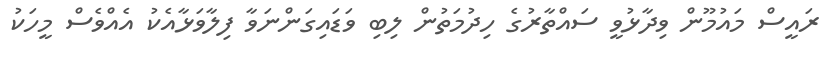
ރައީސް މައުމޫން ވިދާޅުވީ ސައްތާރުގެ ހިދުމަތުން ލިބި ވަޑައިގަންނަވާ ފިލާވަޅާއެކު އެއްވެސް މީހަކު